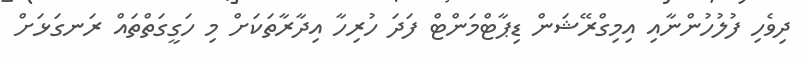
ދިވެހި ފުލުހުންނާއި އިމިގްރޭޝަން ޑިޕާޓްމަންޓް ފަދަ ހުރިހާ އިދާރާތަކަށް މި ހަގީގަތްތައް ރަނގަޅަށް